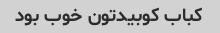
کباب کوبیدتون خوب بود